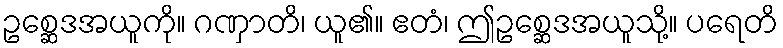
ဥစ္ဆေဒအယူကို။ ဂဏှာတိ၊ ယူ၏။ ဧတံ၊ ဤဥစ္ဆေဒအယူသို့။ ပရေတိ